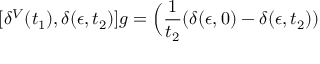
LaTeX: [ \delta ^ { V } ( t _ { 1 } ) , \delta ( \epsilon , t _ { 2 } ) ] g = \Big ( { \frac { 1 } { t _ { 2 } } } ( \delta ( \epsilon , 0 ) - \delta ( \epsilon , t _ { 2 } ) )